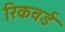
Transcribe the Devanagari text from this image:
रिकवर्ड